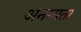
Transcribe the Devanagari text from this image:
अनम्यता